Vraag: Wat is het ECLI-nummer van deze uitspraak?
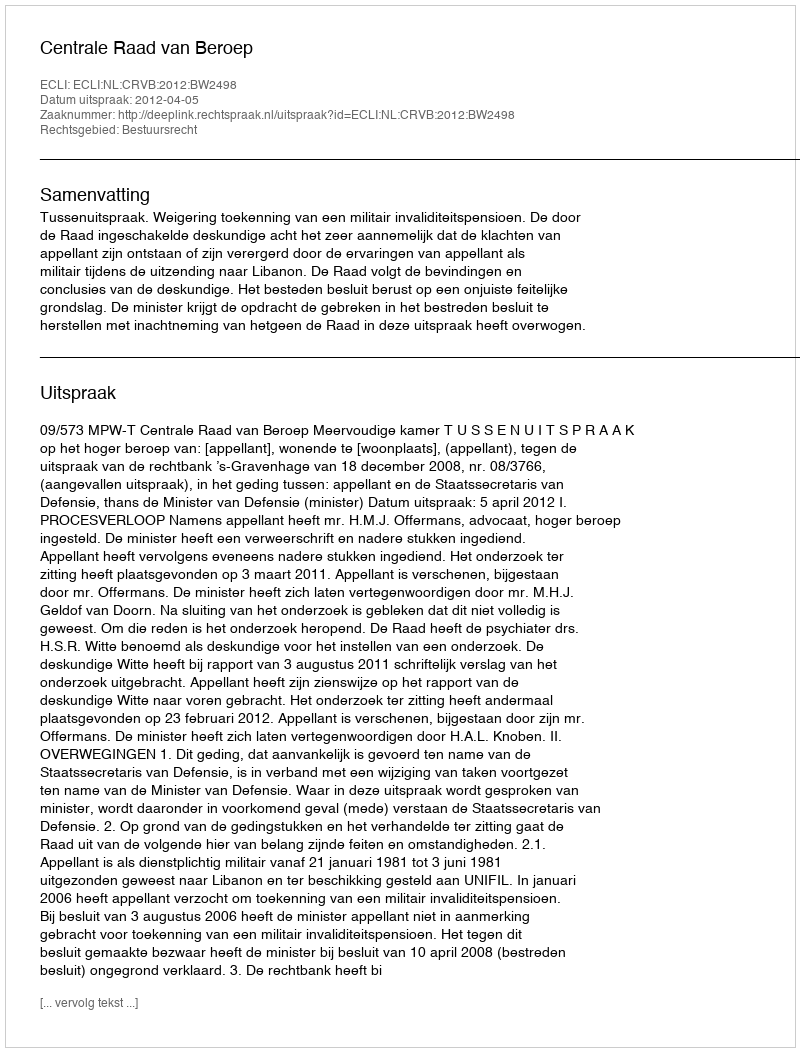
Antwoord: ECLI:NL:CRVB:2012:BW2498